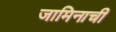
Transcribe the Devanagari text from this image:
जामिनाची